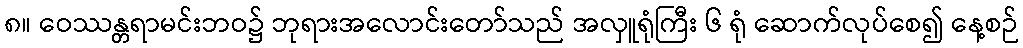
၈။ ဝေဿန္တရာမင်းဘဝ၌ ဘုရားအလောင်းတော်သည် အလှူရုံကြီး ၆ ရုံ ဆောက်လုပ်စေ၍ နေ့စဉ်